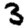
Digit: 3